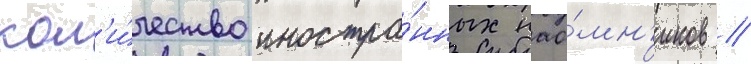
кол'и́чество иностра́нных нао́мн'иков /